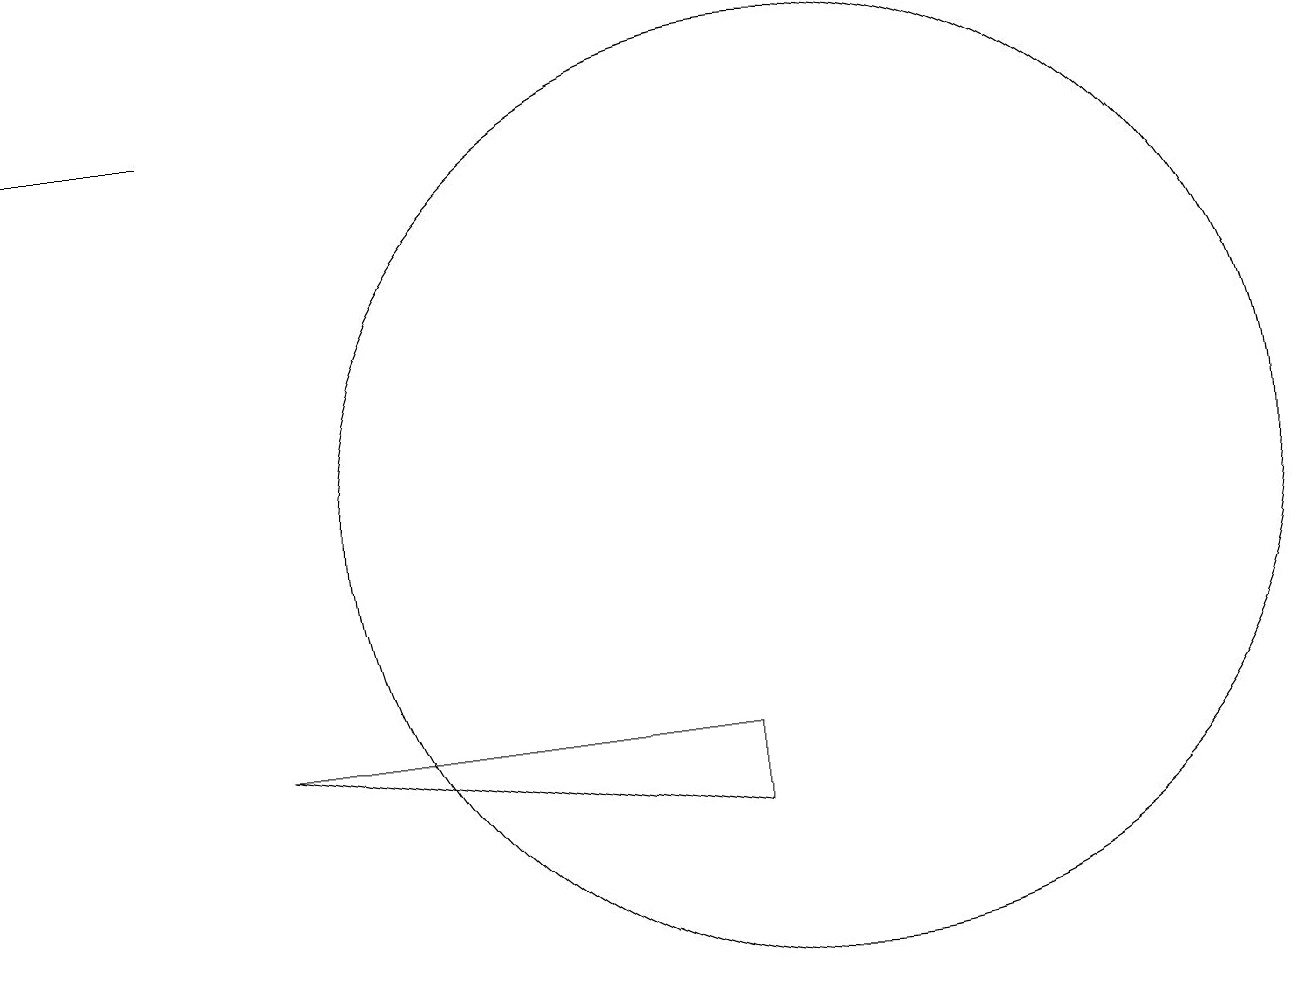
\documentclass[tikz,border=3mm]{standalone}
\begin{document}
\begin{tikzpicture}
\draw (3,8) -- (9,7) -- (9,8) -- cycle;
\draw[->] (2,16) -- (0,16);
\draw (10,11) circle (6);
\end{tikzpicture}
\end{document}